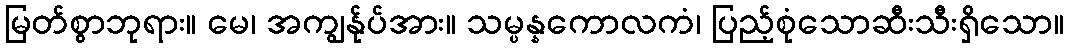
မြတ်စွာဘုရား။ မေ၊ အကျွန်ုပ်အား။ သမ္ပန္နကောလကံ၊ ပြည့်စုံသောဆီးသီးရှိသော။